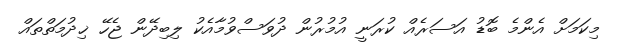
މިކަމަށް އެންމެ ބޮޑު އަސަރެއް ކުރަނީ އުމުރުން ދުވަސްވުމާއެކު ލިބިދޭން ޖެހޭ ޚިދުމަތްތައް